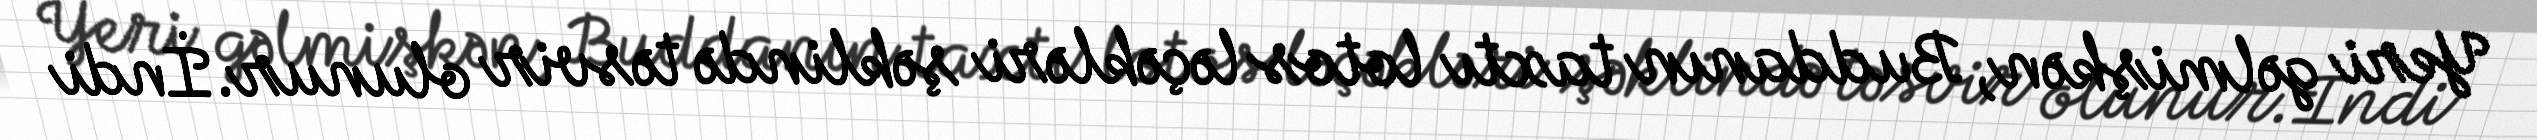
Yeri gəlmişkən, Buddanın taxtı lotos ləçəkləri şəklində təsvir olunur.İndi